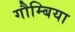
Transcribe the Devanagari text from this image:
गौम्बिया